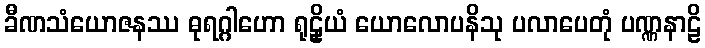
ခီဏသံယောဇနဿ ဓုရဂ္ဂါဟော ရုဠှိယံ ယောလောပနိသု ပလာပေတုံ ပဏ္ဏနာဠိ